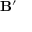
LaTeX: \mathbf { B ^ { \prime } }